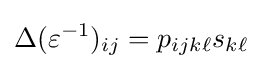
\Delta (\varepsilon ^{-1})_{ij}=p_{ijk\ell }s_{k\ell }